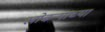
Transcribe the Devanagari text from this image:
खोबऱ्याच्या